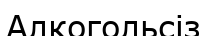
Алкогольсіз